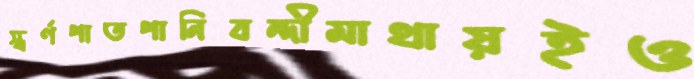
স্বর্ণপাতপানিবন্দীমাথায়ইও